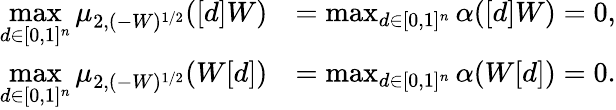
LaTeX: \begin{array}{rl}{\displaystyle\operatorname*{max}_{d\in[0,1]^{n}}\mu_{2,(-W)^{1/2}}([d]W)}&{=\operatorname*{max}_{d\in[0,1]^{n}}\alpha([d]W)=0,}\\ {\displaystyle\operatorname*{max}_{d\in[0,1]^{n}}\mu_{2,(-W)^{1/2}}(W[d])}&{=\operatorname*{max}_{d\in[0,1]^{n}}\alpha(W[d])=0.}\end{array}